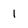
Character: 1